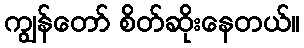
ကျွန်တော် စိတ်ဆိုးနေတယ်။